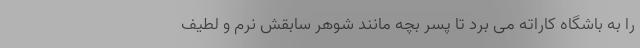
را به باشگاه کاراته می برد تا پسر بچه مانند شوهر سابقش نرم و لطیف